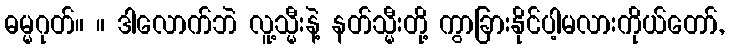
ဓမ္မဂုတ်။ ။ ဒါလောက်ဘဲ လူ့သ္မီးနဲ့ နတ်သ္မီးတို့ ကွာခြားနိုင်ပါ့မလားကိုယ်တော်,